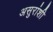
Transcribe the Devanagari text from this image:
असुरांशी